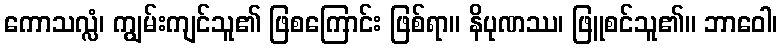
ကောသလ္လံ၊ ကျွမ်းကျင်သူ၏ ဖြစကြောင်း ဖြစ်ရာ။ နိပုဏဿ၊ ဖြူစင်သူ၏။ ဘာဝေါ၊